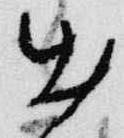
出